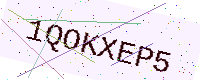
Text: 1QOKXEP5